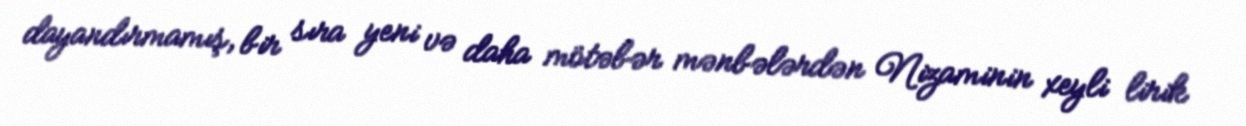
dayandırmamış, bir sıra yeni və daha mötəbər mənbələrdən Nizaminin xeyli lirik